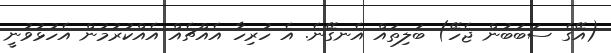
(އޭގެ ސަބަބުން ޖެހޭ) ބަލިތައް އެނގޭނެ. އެ ހުރިހާ އެއްޗެއް އެއްކުރުމުން އެހުޅުވުނީ